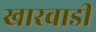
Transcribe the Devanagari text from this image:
खारवाडी